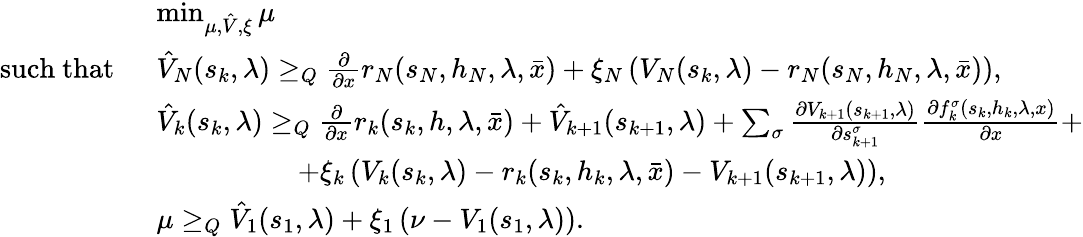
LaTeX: \begin{array}{rl}&{\operatorname*{min}_{\mu,\hat{V},\xi}\mu}\\ {\mathrm{such~that~}\ }&{\hat{V}_{N}(s_{k},\lambda)\geq_{Q}\frac{\partial}{\partial x}r_{N}(s_{N},h_{N},\lambda,\bar{x})+\xi_{N}\left(V_{N}(s_{k},\lambda)-r_{N}(s_{N},h_{N},\lambda,\bar{x})\right),}\\ &{\hat{V}_{k}(s_{k},\lambda)\geq_{Q}\frac{\partial}{\partial x}r_{k}(s_{k},h,\lambda,\bar{x})+\hat{V}_{k+1}(s_{k+1},\lambda)+\sum_{\sigma}\frac{\partial V_{k+1}(s_{k+1},\lambda)}{\partial s_{k+1}^{\sigma}}\frac{\partial f_{k}^{\sigma}(s_{k},h_{k},\lambda,x)}{\partial x}+}\\ &{\qquad\qquad\quad+\xi_{k}\left(V_{k}(s_{k},\lambda)-r_{k}(s_{k},h_{k},\lambda,\bar{x})-V_{k+1}(s_{k+1},\lambda)\right),}\\ &{\mu\geq_{Q}\hat{V}_{1}(s_{1},\lambda)+\xi_{1}\left(\nu-V_{1}(s_{1},\lambda)\right).}\end{array}